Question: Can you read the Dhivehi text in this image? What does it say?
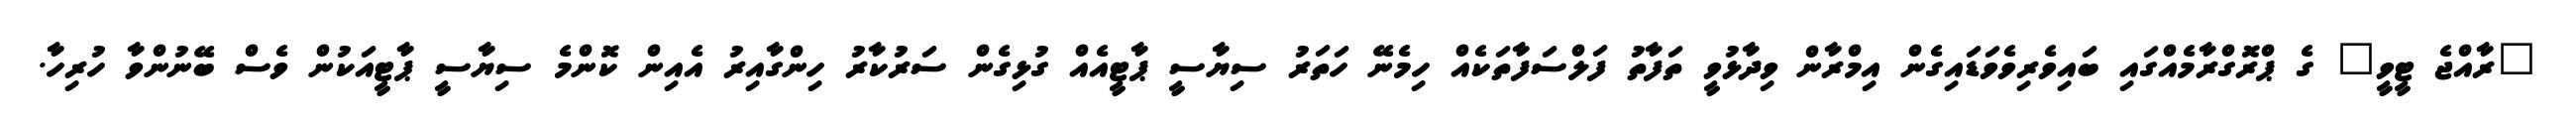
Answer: "ރާއްޖެ ޓީވީ" ގެ ޕްރޮގްރާމެއްގައި ބައިވެރިވެވަޑައިގެން އިމްރާން ވިދާޅުވީ ތަފާތު ފަލްސަފާތަކެއް ހިމެނޭ ހަތަރު ސިޔާސީ ޕާޓީއެއް ގުޅިގެން ސަރުކާރު ހިންގާއިރު އެއިން ކޮންމެ ސިޔާސީ ޕާޓީއަކުން ވެސް ބޭނުންވާ ހުރިހާ.